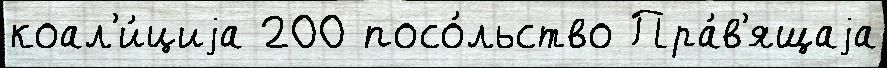
коал'и́циjа 200 посо́льство Пра́в'ящаjа